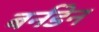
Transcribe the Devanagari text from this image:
बर्नडेन